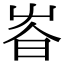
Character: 𡴏